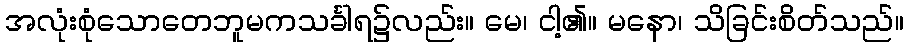
အလုံးစုံသောတေဘူမကသင်္ခါရ၌လည်း။ မေ၊ ငါ့၏။ မနော၊ သိခြင်းစိတ်သည်။